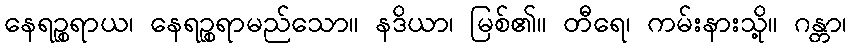
နေရဉ္စရာယ၊ နေရဉ္စရာမည်သော။ နဒိယာ၊ မြစ်၏။ တီရေ၊ ကမ်းနားသို့။ ဂန္တာ၊